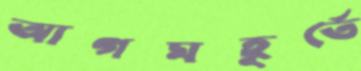
আগমহূর্তে